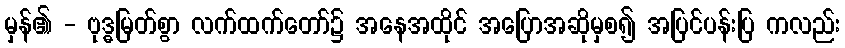
မှန်၏ - ဗုဒ္ဓမြတ်စွာ လက်ထက်တော်၌ အနေအထိုင် အပြောအဆိုမှစ၍ အပြင်ပန်းပြ ကလည်း